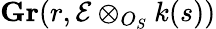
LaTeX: \mathbf{Gr}(r,{\mathcal{E}}\otimes_{O_{S}}k(s))